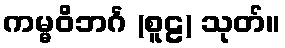
ကမ္မဝိဘင်္ဂ (စူဠ) သုတ်။